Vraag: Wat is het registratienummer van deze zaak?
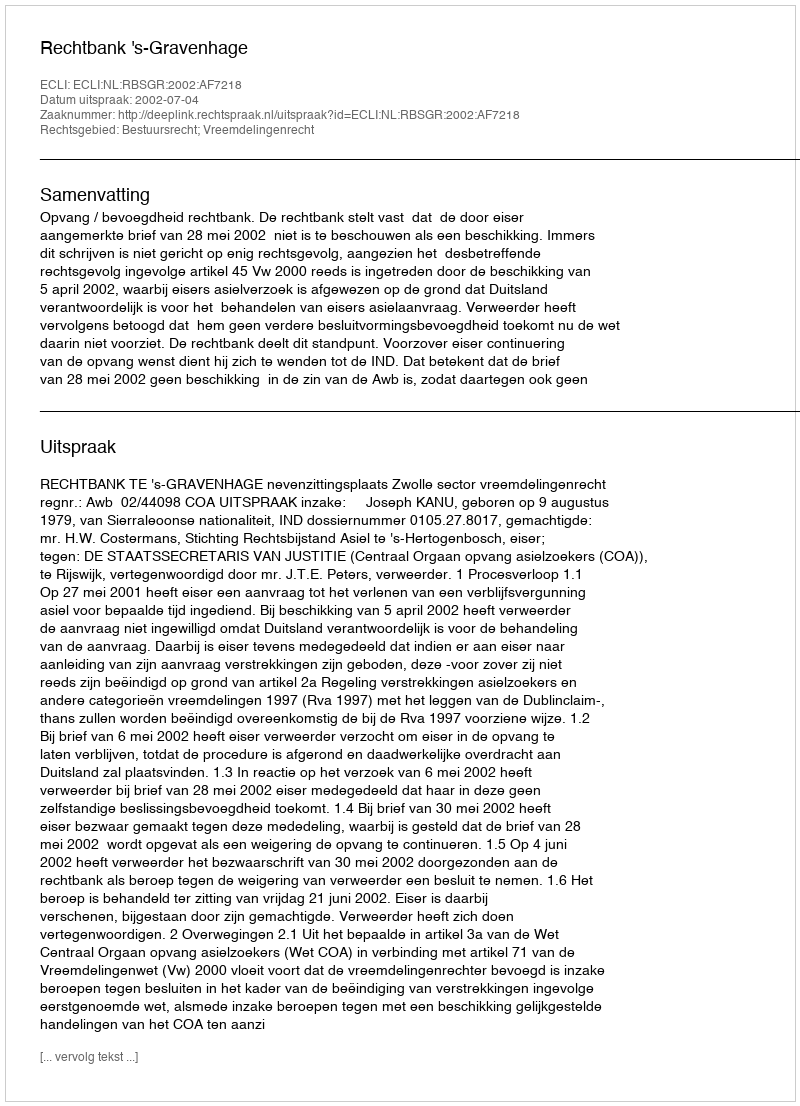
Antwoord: http://deeplink.rechtspraak.nl/uitspraak?id=ECLI:NL:RBSGR:2002:AF7218